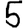
Digit: 5